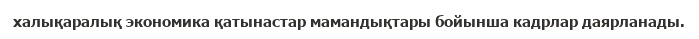
халықаралық экономика қатынастар мамандықтары бойынша кадрлар даярланады.